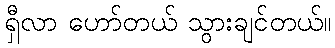
ရှီလာ ဟော်တယ် သွားချင်တယ်။